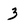
Character: 3